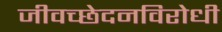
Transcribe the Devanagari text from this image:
जीवच्छेदनविरोधी